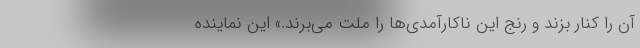
آن را کنار بزند و رنج این ناکارآمدی‌ها را ملت می‌برند.» این نماینده